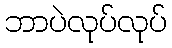
ဘာပဲလုပ်လုပ်